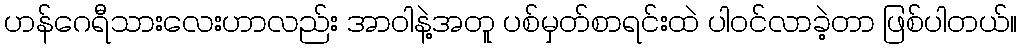
ဟန်ဂေရီသားလေးဟာလည်း အာဝါနဲ့အတူ ပစ်မှတ်စာရင်းထဲ ပါဝင်လာခဲ့တာ ဖြစ်ပါတယ်။